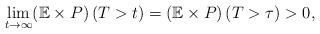
LaTeX: \begin{align*} \underset{t \rightarrow \infty}{\lim} (\mathbb{E}\times P) \left(T>t\right)=(\mathbb{E}\times P) \left(T>\tau\right)>0, \end{align*}